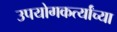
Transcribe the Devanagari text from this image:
उपयोगकर्त्यांच्या